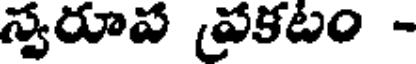
స్వరూప ప్రకటం -